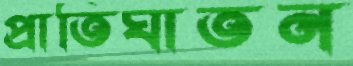
প্রাতিঘাতন